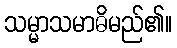
သမ္မာသမာဓိမည်၏။